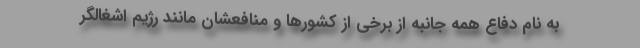
به نام دفاع همه جانبه از برخی از کشور‌ها و منافعشان مانند رژیم اشغالگر